Insane asylums in Bengal annual reports 1876-1887 - 1876-1887
Year: 1876
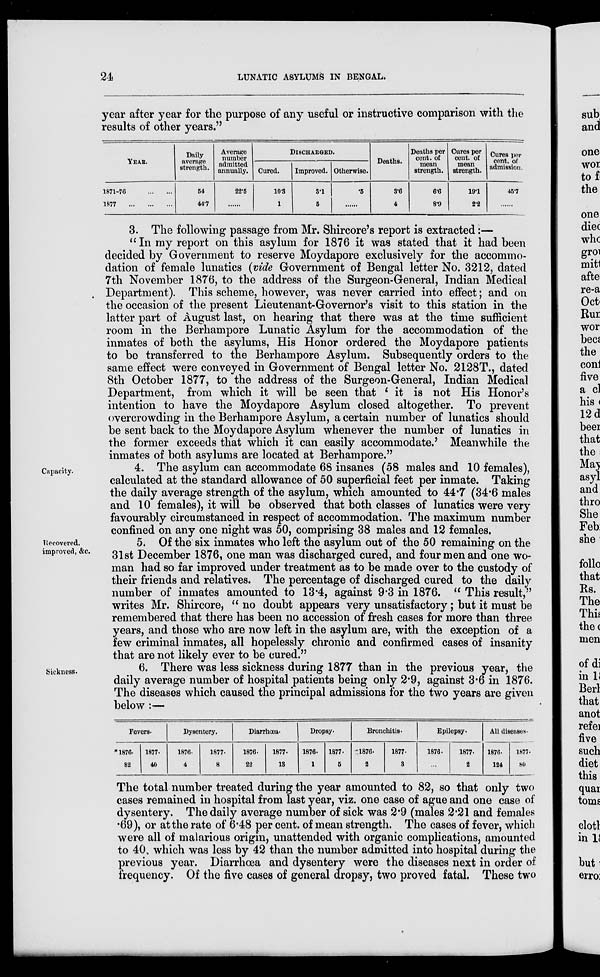
24
LUNATIC ASYLUMS IN BENGAL.
year after year for the purpose of any useful or instructive comparison with the
results of other years."
YEAR.
1871-76
...
...
1877...
...
...
Daily
average
strength.
54
44.7
Average
number
admitted
annually.
22.5
......
DISCHARGED.
Cured.
10.3
1
Improved.
3.1
5
Otherwise.
.5
......
Deaths.
3.6
4
Deaths per
cent. of
mean
strength.
6.6
8.9
Cures per
cent. of
mean
strength.
19.1
2.2
Cures per
cent. of
admission.
45.7
......
3. The following passage from Mr. Shircore's report is extracted:—
" In my report on this asylum for 1876 it was stated that it had been
decided by Government to reserve Moydapore exclusively for the accommo-
dation of female lunatics (vide Government of Bengal letter No. 3212, dated
7th November 1876, to the address of the Surgeon-General, Indian Medical
Department). This scheme, however, was never carried into effect; and on
the occasion of the present Lieutenant-Governor's visit to this station in the
latter part of August last, on hearing that there was at the time sufficient
room in the Berhampore Lunatic Asylum for the accommodation of the
inmates of both the asylums, His Honor ordered the Moydapore patients
to be transferred to the Berhampore Asylum. Subsequently orders to the
same effect were conveyed in Government of Bengal letter No. 2128T., dated
8th October 1877, to the address of the Surgeon-General, Indian Medical
Department, from which it will be seen that ' it is not His Honor's
intention to have the Moydapore Asylum closed altogether. To prevent
overcrowding in the Berhampore Asylum, a certain number of lunatics should
be sent back to the Moydapore Asylum whenever the number of lunatics in
the former exceeds that which it can easily accommodate.' Meanwhile the
inmates of both asylums are located at Berhampore."
Capacity.
4. The asylum can accommodate 68 insanes (58 males and 10 females),
calculated at the standard allowance of 50 superficial feet per inmate. Taking
the daily average strength of the asylum, which amounted to 44.7 (34.6 males
and 10 females), it will be observed that both classes of lunatics were very
favourably circumstanced in respect of accommodation. The maximum number
confined on any one night was 50, comprising 38 males and 12 females.
Recovered,
improved, &c.
5. Of the six inmates who left the asylum out of the 50 remaining on the
31st December 1876, one man was discharged cured, and four men and one wo-
man had so far improved under treatment as to be made over to the custody of
their friends and relatives. The percentage of discharged cured to the daily
number of inmates amounted to 13.4, against 9.3 in 1876. " This result,"
writes Mr. Shircore, " no doubt appears very unsatisfactory; but it must be
remembered that there has been no accession of fresh cases for more than three
years, and those who are now left in the asylum are, with the exception of a
few criminal inmates, all hopelessly chronic and confirmed cases of insanity
that are not likely ever to be cured."
Sickness.
6. There was less sickness during 1877 than in the previous year, the
daily average number of hospital patients being only 2.9, against 3.6 in 1876.
The diseases which caused the principal admissions for the two years are given
below :—
Fevers.
1876.
82
1877.
40
Dysentery.
1876.
4
1877.
8
Diarrhœa.
1876.
22
1877.
13
Dropsy.
1876.
1
1877.
5
Bronchitis.
1876.
2
1877.
3
Epilepsy.
1876.
...
1877.
2
All diseases.
1876.
124
1877.
80
The total number treated during the year amounted to 82, so that only two
cases remained in hospital from last year, viz. one case of ague and one case of
dysentery. The daily average number of sick was 2.9 (males 2.21 and females
.69), or at the rate of 6.48 per cent. of mean strength. The cases of fever, which
were all of malarious origin, unattended with organic complications, amounted
to 40 which was less by 42 than the number admitted into hospital during the
previous year. Diarrhœa and dysentery were the diseases next in order of
frequency. Of the five cases of general dropsy, two proved fatal. These two